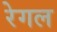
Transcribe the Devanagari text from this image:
रेगल